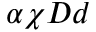
\alpha \chi D d